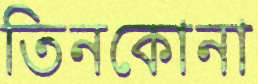
তিনকোনা